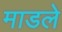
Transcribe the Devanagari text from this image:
माडले